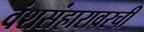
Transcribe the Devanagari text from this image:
वंशसंहारावरची